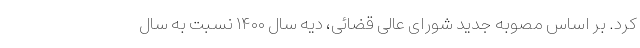
کرد. بر اساس مصوبه جدید شورای عالی قضائی، دیه سال ۱۴۰۰ نسبت به سال